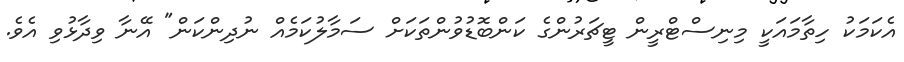
އެކަމަކު ހިތާމައަކީ މިނިސްޓްރީން ޓީޗަރުންގެ ކަންބޮޑުވުންތަކަށް ސަމާލުކަމެއް ނުދިންކަން" އޭނާ ވިދާޅުވި އެވެ.